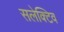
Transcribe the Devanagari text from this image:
सलेक्टिव